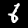
Label: 6